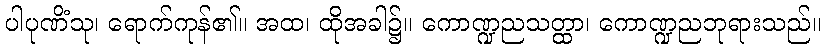
ပါပုဏိံသု၊ ရောက်ကုန်၏။ အထ၊ ထိုအခါ၌။ ကောဏ္ဍညသတ္ထာ၊ ကောဏ္ဍညဘုရားသည်။